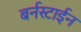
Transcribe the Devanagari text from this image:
बर्नस्टाईन